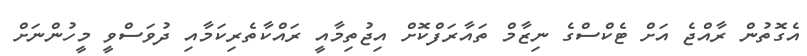
އެގޮތުން ރާއްޖެ އަށް ޓެކްސްގެ ނިޒާމް ތައާރަފްކޮށް އިޖުތިމާއީ ރައްކާތެރިކަމާއި ދުވަސްވީ މީހުންނަށް